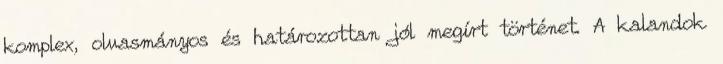
komplex, olvasmányos és határozottan jól megírt történet. A kalandok